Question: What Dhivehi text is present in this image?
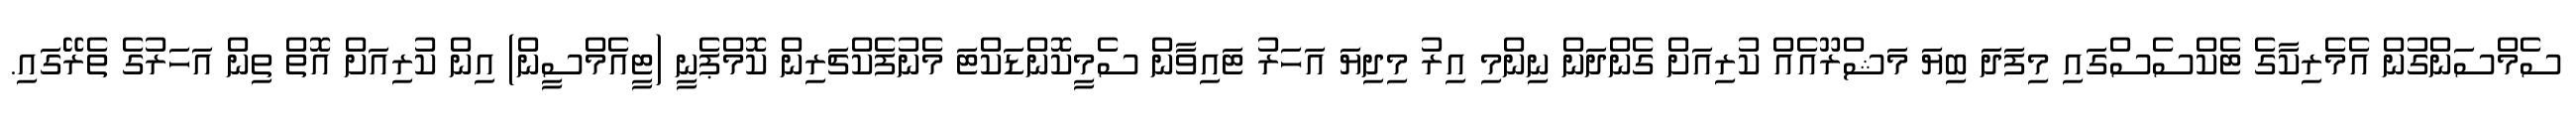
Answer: ސެމްސަންގުން އެމެރިކާގެ ޓެކްސެސްގައި މިފަދަ ބިޔަ މަޝްރޫއެއް ކުރިއަށް ގެންދަން ނިންމި އިރު މިދިޔަ އަހަރު ޓައިވާން ސެމީކޮންޑަކްޓަ މެނުފެކްޗަރިން ކޮމްޕެނީ (ޓީއެމްސީން) އިން ކުރިއަށް އޮތް ތިން އަހަރުގެ ތެރޭގައި.